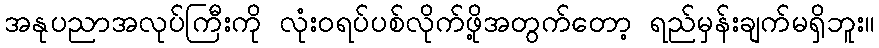
အနုပညာအလုပ်ကြီးကို လုံးဝရပ်ပစ်လိုက်ဖို့အတွက်တော့ ရည်မှန်းချက်မရှိဘူး။